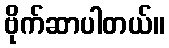
ဗိုက်ဆာပါတယ်။